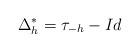
LaTeX: \begin{align*}\Delta_h^* = {\tau_{-h} - Id}\end{align*}